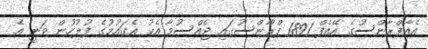
އެއާފްރާންސުގެ އޭއެފް 1891 ފްރާންސުގައި ޖެއްސުމާ އެކު އެގައުމުގެ ފުލުހުން ވަނީ އެ